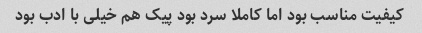
کیفیت مناسب بود اما کاملا سرد بود پیک هم خیلی با ادب بود